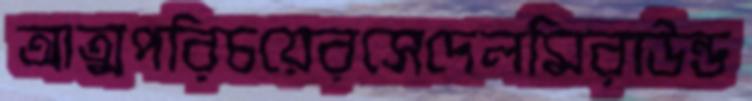
আত্মপরিচয়েরসেদেলমিরাউন্ড